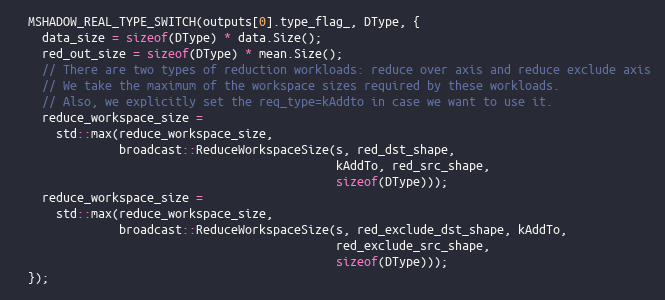
Language: C
  MSHADOW_REAL_TYPE_SWITCH(outputs[0].type_flag_, DType, {
    data_size = sizeof(DType) * data.Size();
    red_out_size = sizeof(DType) * mean.Size();
    // There are two types of reduction workloads: reduce over axis and reduce exclude axis
    // We take the maximum of the workspace sizes required by these workloads.
    // Also, we explicitly set the req_type=kAddto in case we want to use it.
    reduce_workspace_size =
      std::max(reduce_workspace_size,
               broadcast::ReduceWorkspaceSize(s, red_dst_shape,
                                              kAddTo, red_src_shape,
                                              sizeof(DType)));
    reduce_workspace_size =
      std::max(reduce_workspace_size,
               broadcast::ReduceWorkspaceSize(s, red_exclude_dst_shape, kAddTo,
                                              red_exclude_src_shape,
                                              sizeof(DType)));
  });